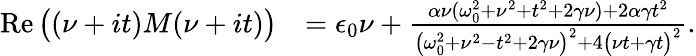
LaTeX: \begin{array}{rl}{\operatorname{Re}{\bigl(\left(\nu+it\right)M(\nu+it)\bigr)}}&{=\epsilon_{0}\nu+\frac{\alpha\nu(\omega_{0}^{2}+\nu^{2}+t^{2}+2\gamma\nu)+2\alpha\gamma t^{2}}{\bigl(\omega_{0}^{2}+\nu^{2}-t^{2}+2\gamma\nu\bigr)^{2}+4\bigl(\nu t+\gamma t\bigr)^{2}}.}\end{array}